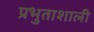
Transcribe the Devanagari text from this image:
प्रभुताशाली